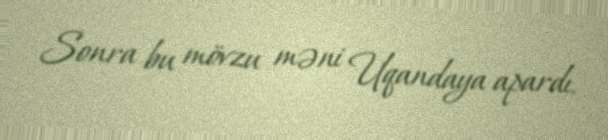
Sonra bu mövzu məni Uqandaya apardı.